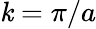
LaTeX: \mathit{k}=\pi/a